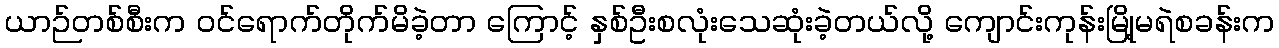
ယာဉ်တစ်စီးက ဝင်ရောက်တိုက်မိခဲ့တာ ကြောင့် နှစ်ဦးစလုံးသေဆုံးခဲ့တယ်လို့ ကျောင်းကုန်းမြို့မရဲစခန်းက